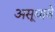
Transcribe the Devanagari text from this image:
असूद्यावे